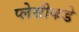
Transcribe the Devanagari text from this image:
प्लेसीकडे